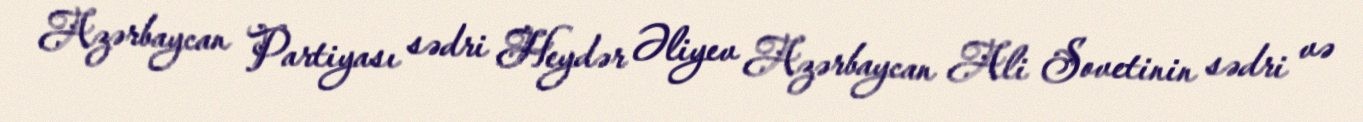
Azərbaycan Partiyası sədri Heydər Əliyev Azərbaycan Ali Sovetinin sədri və